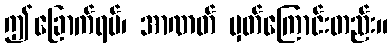
ဤခြောက်ရပ်၊ အာဏတ် မှတ်ကြောင်းတည်း။